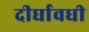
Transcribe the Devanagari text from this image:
दीर्घावधी